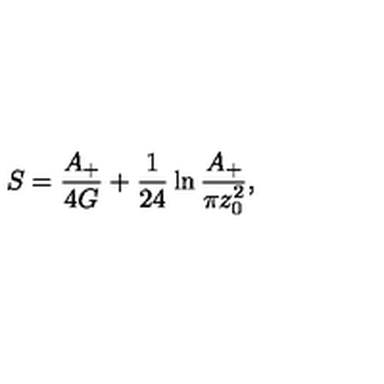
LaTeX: S = { \frac { A _ { + } } { 4 G } } + { \frac { 1 } { 2 4 } } \ln { \frac { A _ { + } } { \pi z _ { 0 } ^ { 2 } } } ,